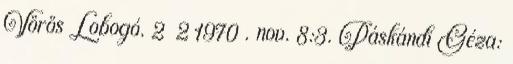
Vörös Lobogó. 2 2 1970 . nov. 8:3. Páskándi Géza: